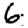
Digit: 6